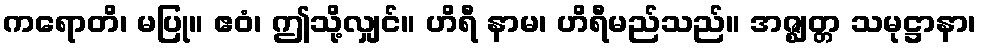
ကရောတိ၊ မပြု။ ဧဝံ၊ ဤသို့လျှင်။ ဟိရီ နာမ၊ ဟိရီမည်သည်။ အဇ္ဈတ္တ သမုဋ္ဌာနာ၊